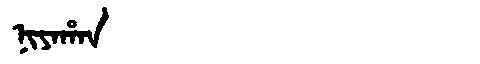
Manchu: ᠨᡳᠶᠠᡥᠠᠨ
Romanization: NIYAHAN